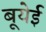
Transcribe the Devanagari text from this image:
बूयेई